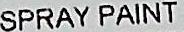
SPRAY PAINT